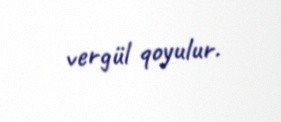
vergül qoyulur.